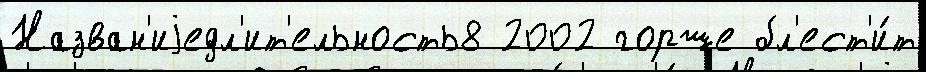
Назван'иjедл'ит'ельность8 2002 горше бл'ест'и́т